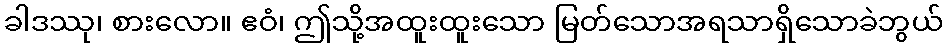
ခါဒဿု၊ စားလော။ ဧဝံ၊ ဤသို့အထူးထူးသော မြတ်သောအရသာရှိသောခဲဘွယ်